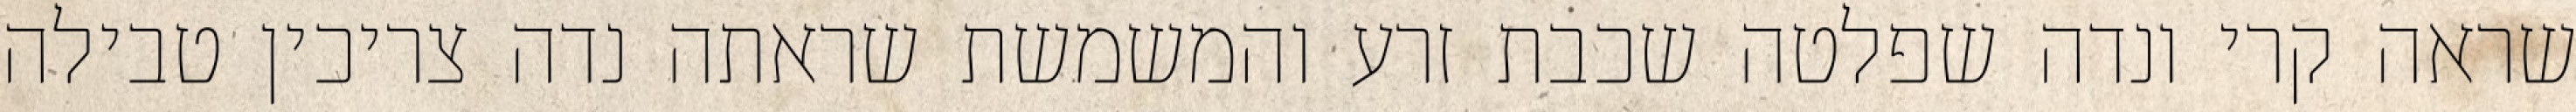
שראה קרי ונדה שפלטה שכבת זרע והמשמשת שראתה נדה צריכין טבילה